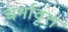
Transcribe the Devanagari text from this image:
चर्मावृत्त